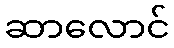
ဆာလောင်